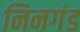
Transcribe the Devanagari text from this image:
निनगंड